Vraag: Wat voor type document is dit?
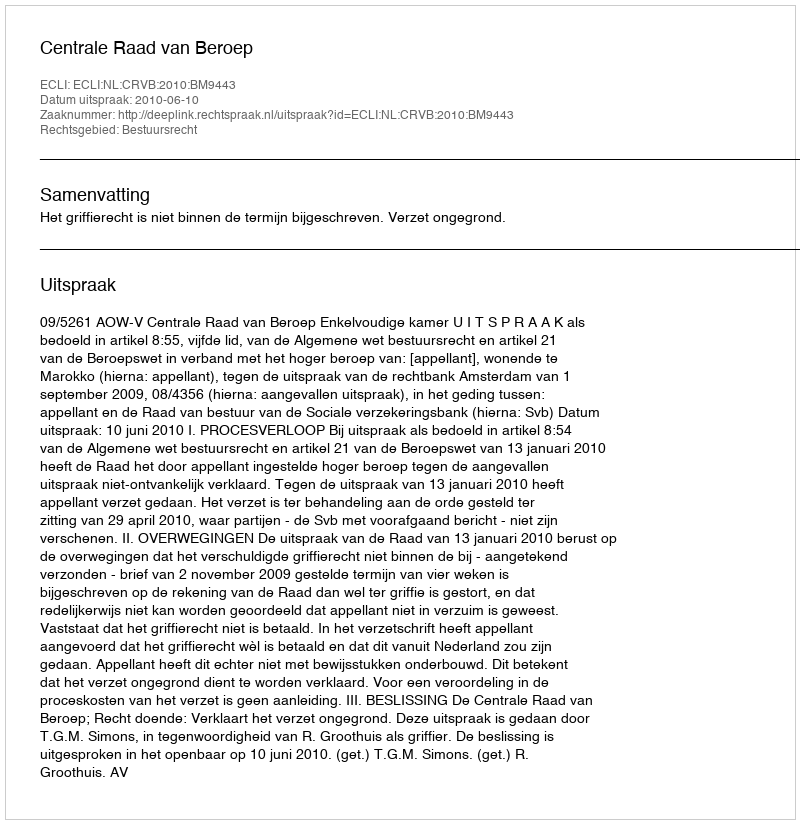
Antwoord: Uitspraak